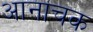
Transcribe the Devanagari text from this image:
आनाचक